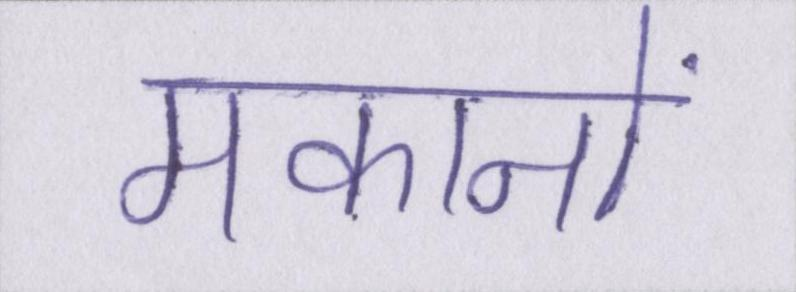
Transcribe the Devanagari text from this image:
मकानों